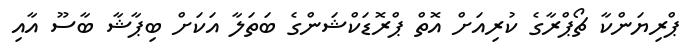
ޕްރިޔަންކާ ޗޯޕްރާގެ ކުރިއަށް އޮތް ޕްރޮޑަކްޝަންގެ ބަތަލާ އަކަށް ބިޕާޝާ ބާސޫ އާއި